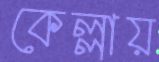
কেল্লায়